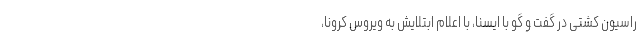
راسیون کشتی در گفت و گو با ایسنا، با اعلام ابتلایش به ویروس کرونا،